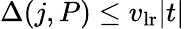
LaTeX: \Delta(j,P)\leq v_{\mathrm{lr}}|t|